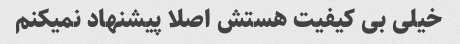
خیلی بی کیفیت هستش اصلا پیشنهاد نمیکنم